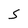
Character: S